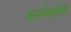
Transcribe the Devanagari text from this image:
ऊर्णनामि